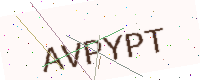
Text: AVPYPT